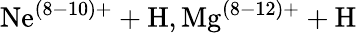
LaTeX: \mathrm{Ne^{(8-10)+}+H,Mg^{(8-12)+}+H}